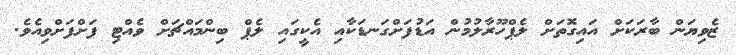
ޒެވިޔަން ބާރަކަށް އައިގޮތަށް ލެޕްހޫރާލުމުން އަޑުފަށްގަނޑަކާއި އެކީގައި ލެޕް ބިންމައްޗަށް ވެއްޓި ފަށްފަށްވިއެވެ.